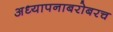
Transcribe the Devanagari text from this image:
अध्‍यापनाबरोबरच